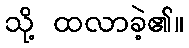
သို့ ထလာခဲ့၏။